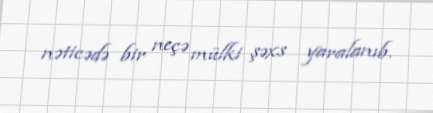
nəticədə bir neçə mülki şəxs yaralanıb.